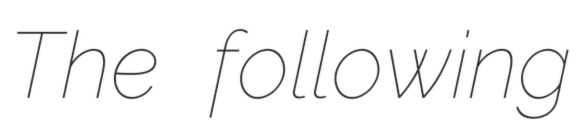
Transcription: The following